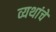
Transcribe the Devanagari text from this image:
व्यथांचे